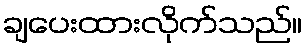
ချပေးထားလိုက်သည်။